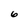
Character: 6